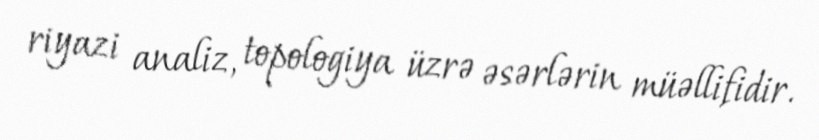
riyazi analiz, topologiya üzrə əsərlərin müəllifidir.